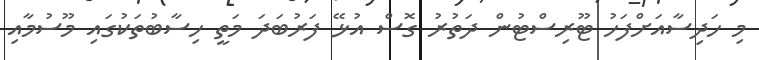
މި ހަދިސާއަށްފަހު ޓޫރިސްޓުން ދަތުރު ގޮސް އުޅޭ ފަރުބަދަ މަތީ ހިސާބުތަކުގައި މޫސުމާއި